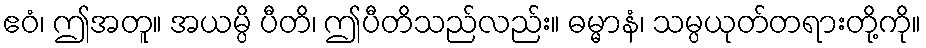
ဧဝံ၊ ဤအတူ။ အယမ္ပိ ပီတိ၊ ဤပီတိသည်လည်း။ ဓမ္မာနံ၊ သမ္ပယုတ်တရားတို့ကို။